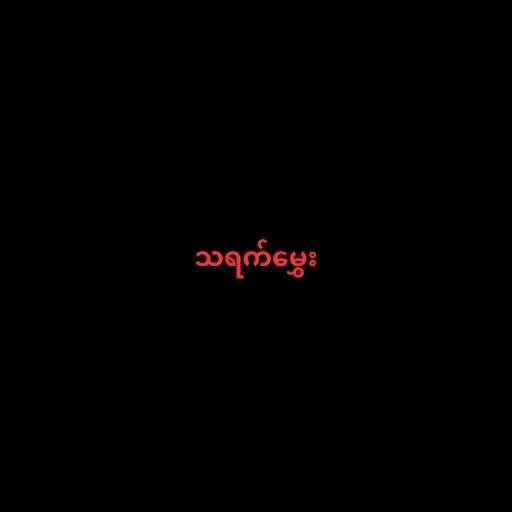
သရက်မွှေး